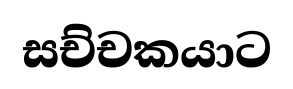
සච්චකයාට